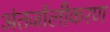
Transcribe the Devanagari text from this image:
अंतर्जालीकरण